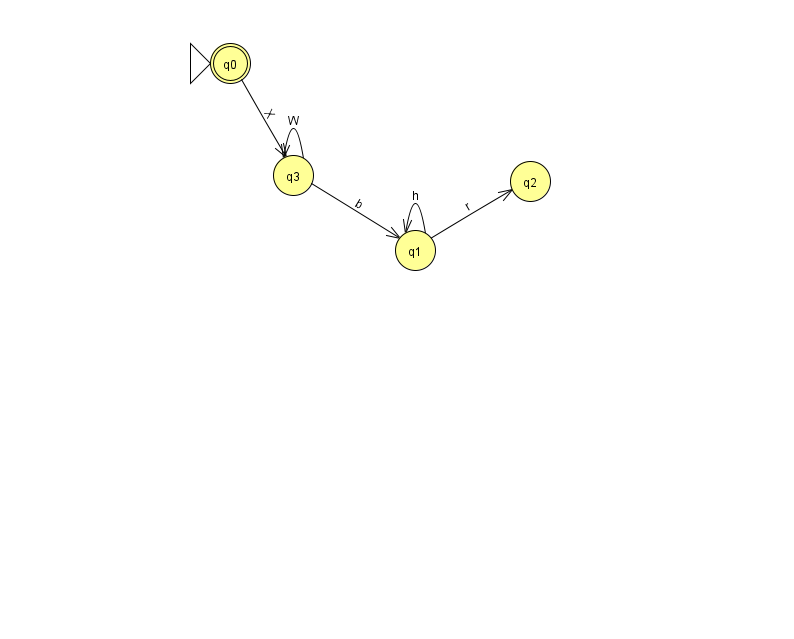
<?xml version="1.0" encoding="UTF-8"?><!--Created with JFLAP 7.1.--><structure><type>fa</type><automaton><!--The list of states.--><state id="0" name="q0"><x>230.0</x><y>50.0</y><initial/><final/></state><state id="1" name="q1"><x>415.0</x><y>237.0</y></state><state id="2" name="q2"><x>530.0</x><y>168.0</y></state><state id="3" name="q3"><x>293.0</x><y>162.0</y></state><!--The list of transitions.--><transition><from>1</from><to>2</to><read>r</read></transition><transition><from>3</from><to>1</to><read>b</read></transition><transition><from>3</from><to>3</to><read>W</read></transition><transition><from>1</from><to>1</to><read>h</read></transition><transition><from>0</from><to>3</to><read>X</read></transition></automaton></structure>